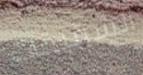
الشقيقات